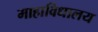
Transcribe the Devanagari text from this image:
माहाविधालय